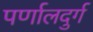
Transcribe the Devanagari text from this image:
पर्णालदुर्ग